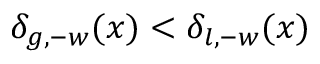
\delta _ { g , - w } ( x ) < \delta _ { l , - w } ( x )